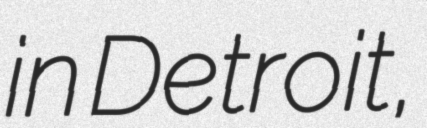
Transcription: in Detroit,